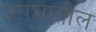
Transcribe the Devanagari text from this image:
अपघातील